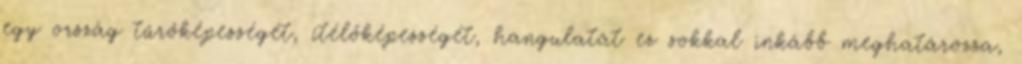
egy ország tűrőképességét, ítélőképességét, hangulatát ez sokkal inkább meghatározza,